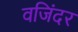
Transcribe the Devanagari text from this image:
वजिंदर